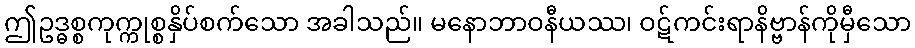
ဤဥဒ္ဓစ္စကုက္ကုစ္စနှိပ်စက်သော အခါသည်။ မနောဘာဝနီယဿ၊ ဝဋ်ကင်းရာနိဗ္ဗာန်ကိုမှီသော